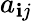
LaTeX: a_{\mathbf{i}j}